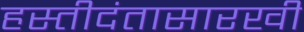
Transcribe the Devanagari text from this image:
हस्तीदंतासारखी